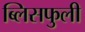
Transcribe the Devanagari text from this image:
ब्लिसफुली